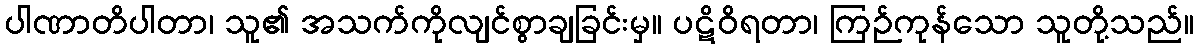
ပါဏာတိပါတာ၊ သူ၏ အသက်ကိုလျင်စွာချခြင်းမှ။ ပဋိဝိရတာ၊ ကြဉ်ကုန်သော သူတို့သည်။